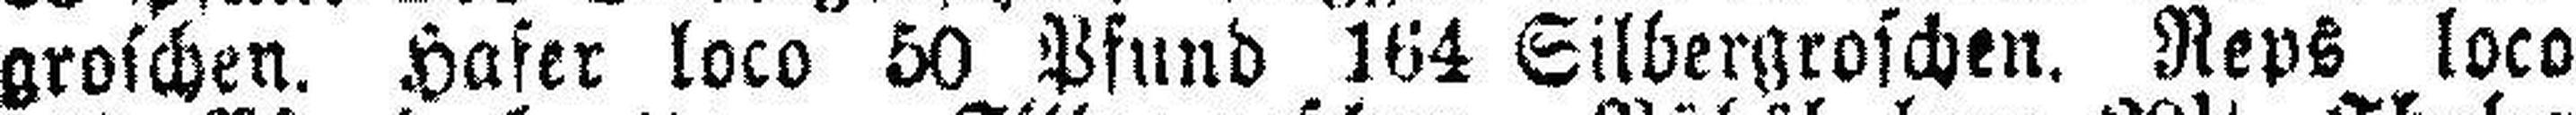
groschen. Hafer loco 50 Pfund 164 Silbergroschen. Reps loco